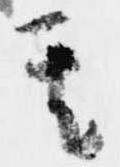
其